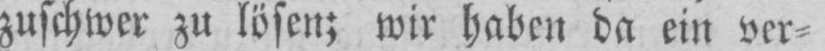
zuschwer zu lösen; wir haben da ein ver⸗